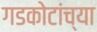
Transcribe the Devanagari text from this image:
गडकोटांच्या